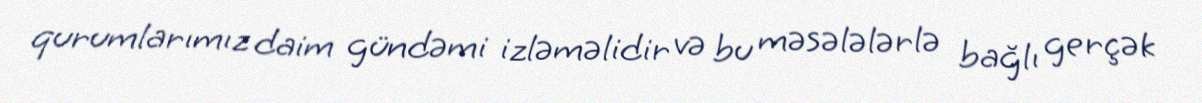
qurumlarımız daim gündəmi izləməlidir və bu məsələlərlə bağlı gerçək